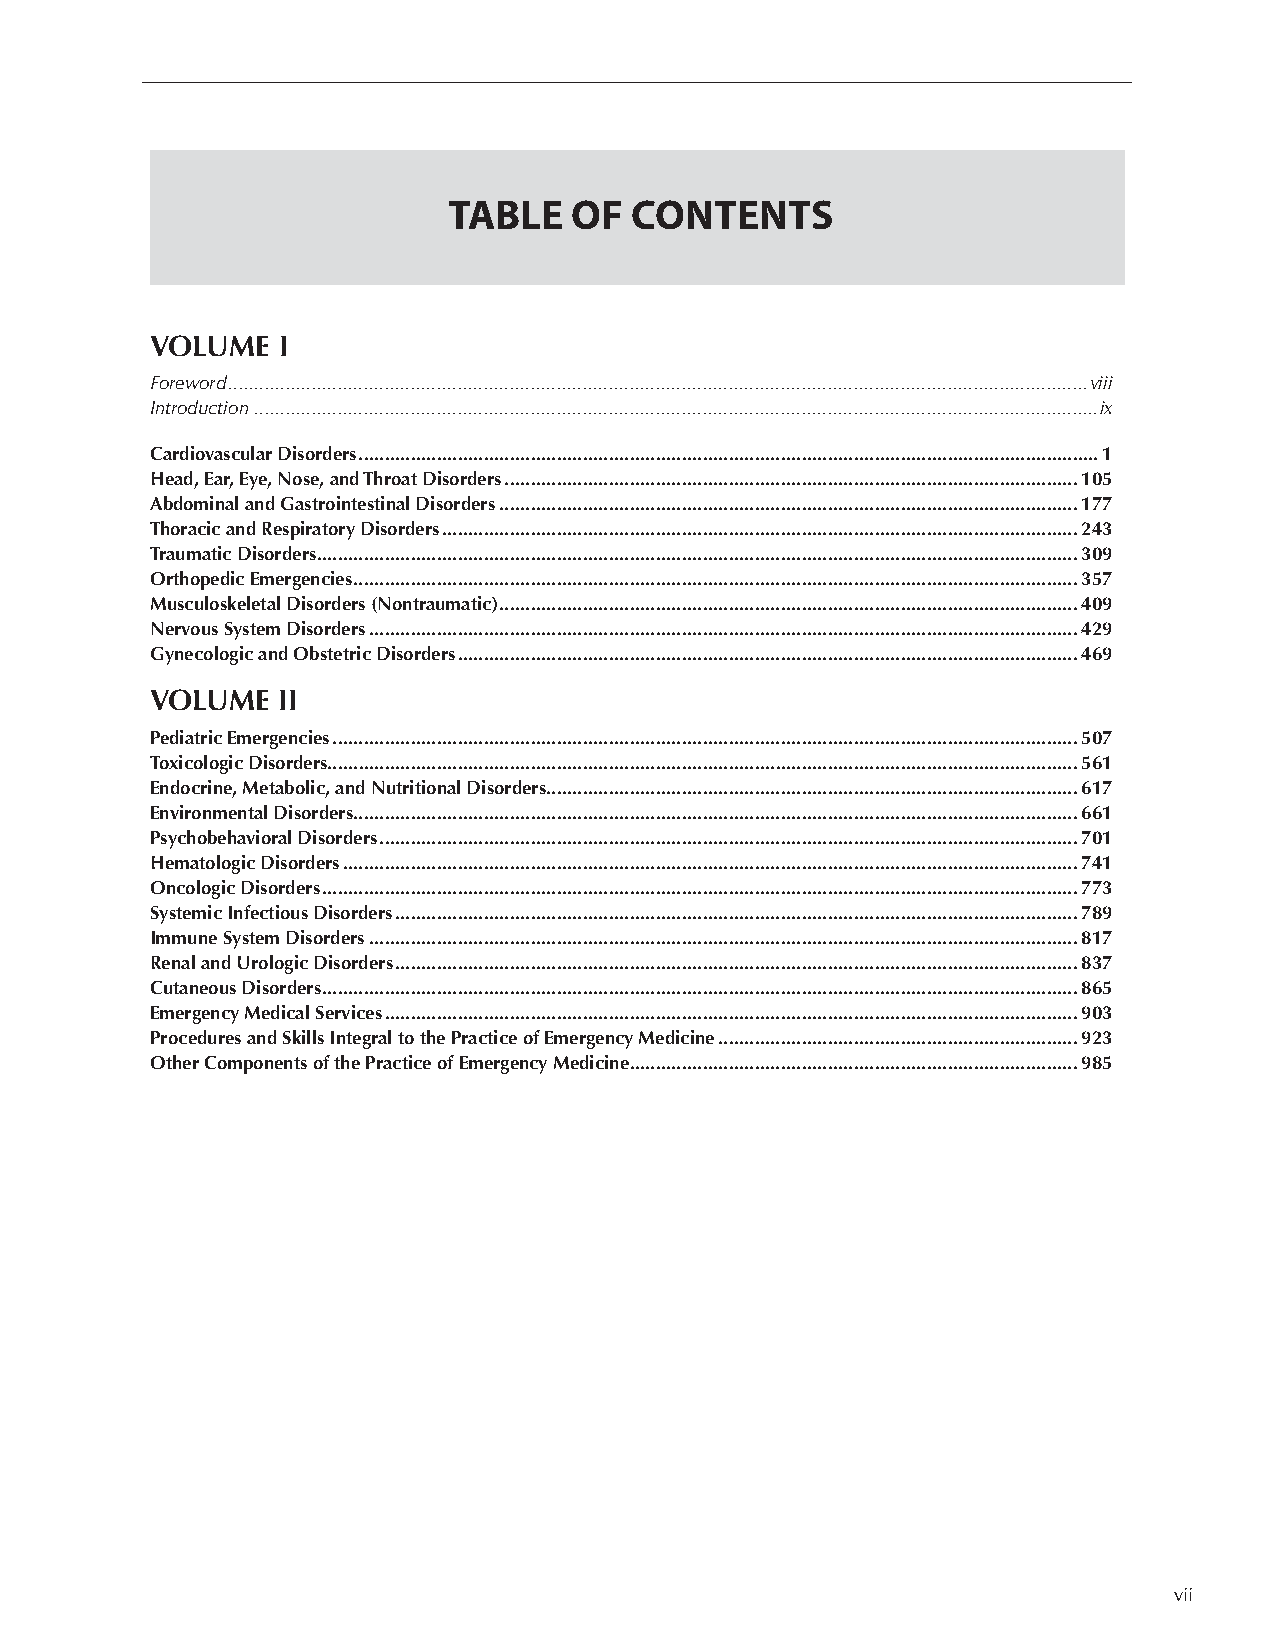
TABLE   OF  CONTENTS
 VOLUME  I
 Foreword .....................................................................................................................................................................viii
 Introduction ..................................................................................................................................................................ix
 Cardiovascular Disorders ..............................................................................................................................................1
 Head, Ear, Eye, Nose, and Throat Disorders ..............................................................................................................105
 Abdominal and Gastrointestinal Disorders ...............................................................................................................177
 Thoracic and Respiratory Disorders ..........................................................................................................................243
 Traumatic Disorders ..................................................................................................................................................309
 Orthopedic Emergencies ...........................................................................................................................................357
 Musculoskeletal Disorders (Nontraumatic) ...............................................................................................................409
 Nervous System Disorders ........................................................................................................................................429
 Gynecologic and Obstetric Disorders .......................................................................................................................469
 VOLUME  II
 Pediatric Emergencies ...............................................................................................................................................507
 Toxicologic Disorders................................................................................................................................................561
 Endocrine, Metabolic, and Nutritional Disorders ......................................................................................................617
 Environmental Disorders ...........................................................................................................................................661
 Psychobehavioral Disorders ......................................................................................................................................701
 Hematologic Disorders .............................................................................................................................................741
 Oncologic Disorders .................................................................................................................................................773
 Systemic Infectious Disorders ...................................................................................................................................789
 Immune System Disorders ........................................................................................................................................817
 Renal and Urologic Disorders ...................................................................................................................................837
 Cutaneous Disorders .................................................................................................................................................865
 Emergency Medical Services .....................................................................................................................................903
 Procedures and Skills Integral to the Practice of Emergency Medicine .....................................................................923
 Other Components of the Practice of Emergency Medicine ......................................................................................985
 vii